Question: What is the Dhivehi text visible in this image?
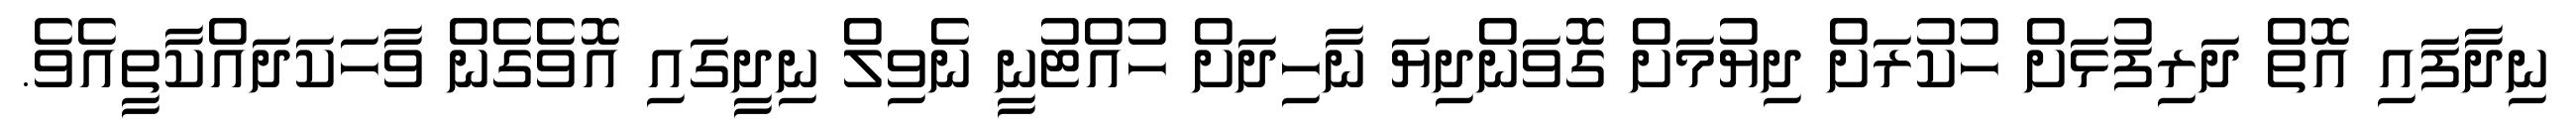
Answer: ނިދާފައި އޮތް ދަރިފުޅަށް ހުކުރަށް ދިޔުމަށް ގޮވަންދިޔަ ނާހިދަށް ހުއްޓުނީ ނެވިލް ނިދީގައި އޮވެގެން ވާހަކަދައްކާތީއެވެ.